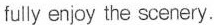
fully enjoy the scenery.